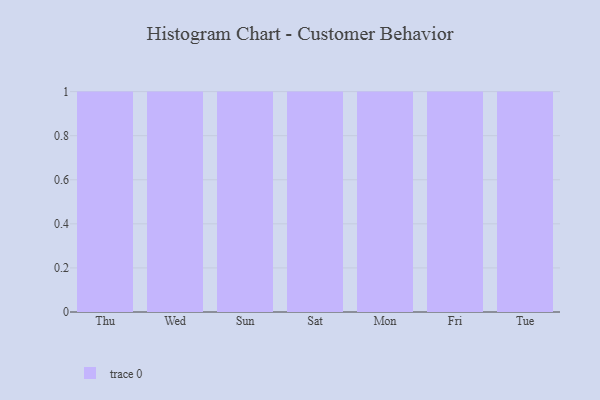
{"axis": {"x": "Day", "y": "Revenue (USD Million)"}, "legend": [""], "data": [{"x": "Thu", "y": 19, "type": ""}, {"x": "Wed", "y": 22, "type": ""}, {"x": "Sun", "y": 18, "type": ""}, {"x": "Sat", "y": 70, "type": ""}, {"x": "Mon", "y": 67, "type": ""}, {"x": "Fri", "y": 81, "type": ""}, {"x": "Tue", "y": 83, "type": ""}]}